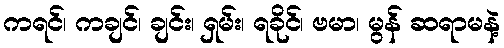
ကရင်၊ ကချင်၊ ချင်း၊ ရှမ်း၊ ရခိုင်၊ ဗမာ၊ မွန် ဆရာမနဲ့